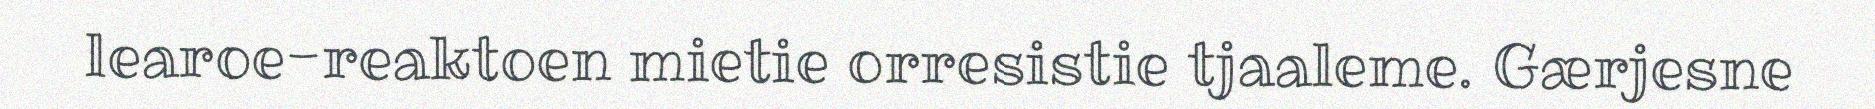
learoe-reaktoen mietie orresistie tjaaleme. Gærjesne